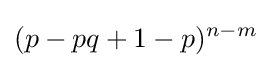
(p-pq+1-p)^{n-m}